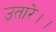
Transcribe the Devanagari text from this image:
उतारे।।